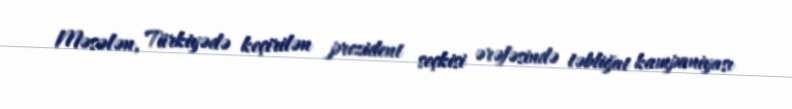
Məsələn, Türkiyədə keçirilən prezident seçkisi ərəfəsində təbliğat kampaniyası